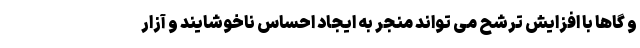
و گاها با افزایش ترشح می تواند منجر به ایجاد احساس ناخوشایند و آزار